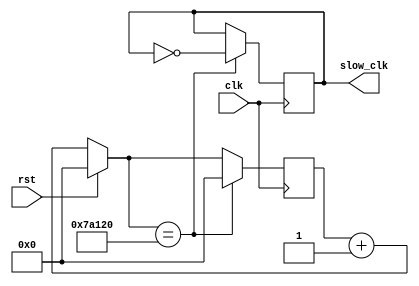

module clk_div (clk ,slow_clk,rst );
  input rst ;
  input clk;
   output  reg slow_clk   ;
   
   reg [18:0]count ;// num of bits needed to present the 500th cycle
    
   always @(posedge clk)
   begin 
     if(rst)
     count = 0 ; 
  else
    count <= count +1 ;
     if(count== 500000)
    begin
       slow_clk = ~slow_clk ; // toggle every 500th cycle of the original clock  
       count =0 ;
  end   
 end 
 endmodule